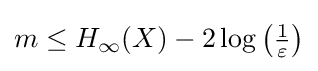
{\textstyle m\leq H_{\infty }(X)-2\log \left({\frac {1}{\varepsilon }}\right)}